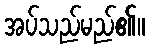
အပ်သည်မည်၏။